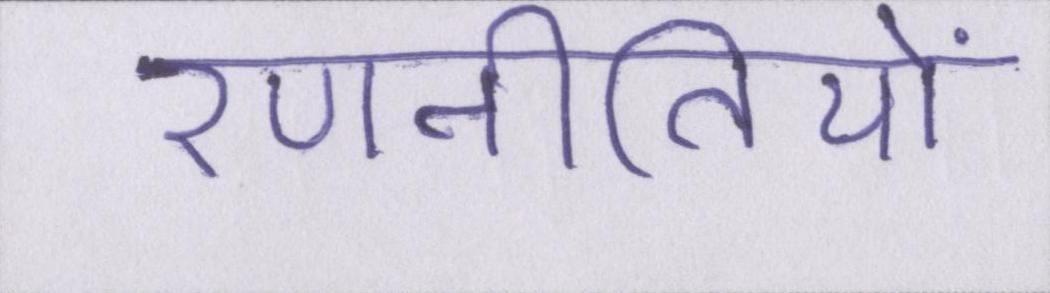
रणनीतियों